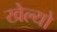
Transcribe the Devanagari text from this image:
खेल्यो